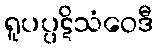
ရူပပ္ပဋိသံဝေဒီ